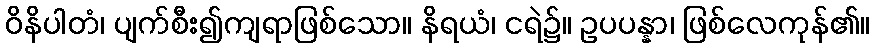
ဝိနိပါတံ၊ ပျက်စီး၍ကျရာဖြစ်သော။ နိရယံ၊ ငရဲ၌။ ဥပပန္နာ၊ ဖြစ်လေကုန်၏။